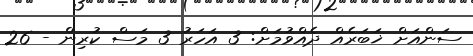
ސަންއަށް ޚަބަރެއް ދެއްވުމަށް: 3 އަހަރު 3 މަސް ކުރިން - 26